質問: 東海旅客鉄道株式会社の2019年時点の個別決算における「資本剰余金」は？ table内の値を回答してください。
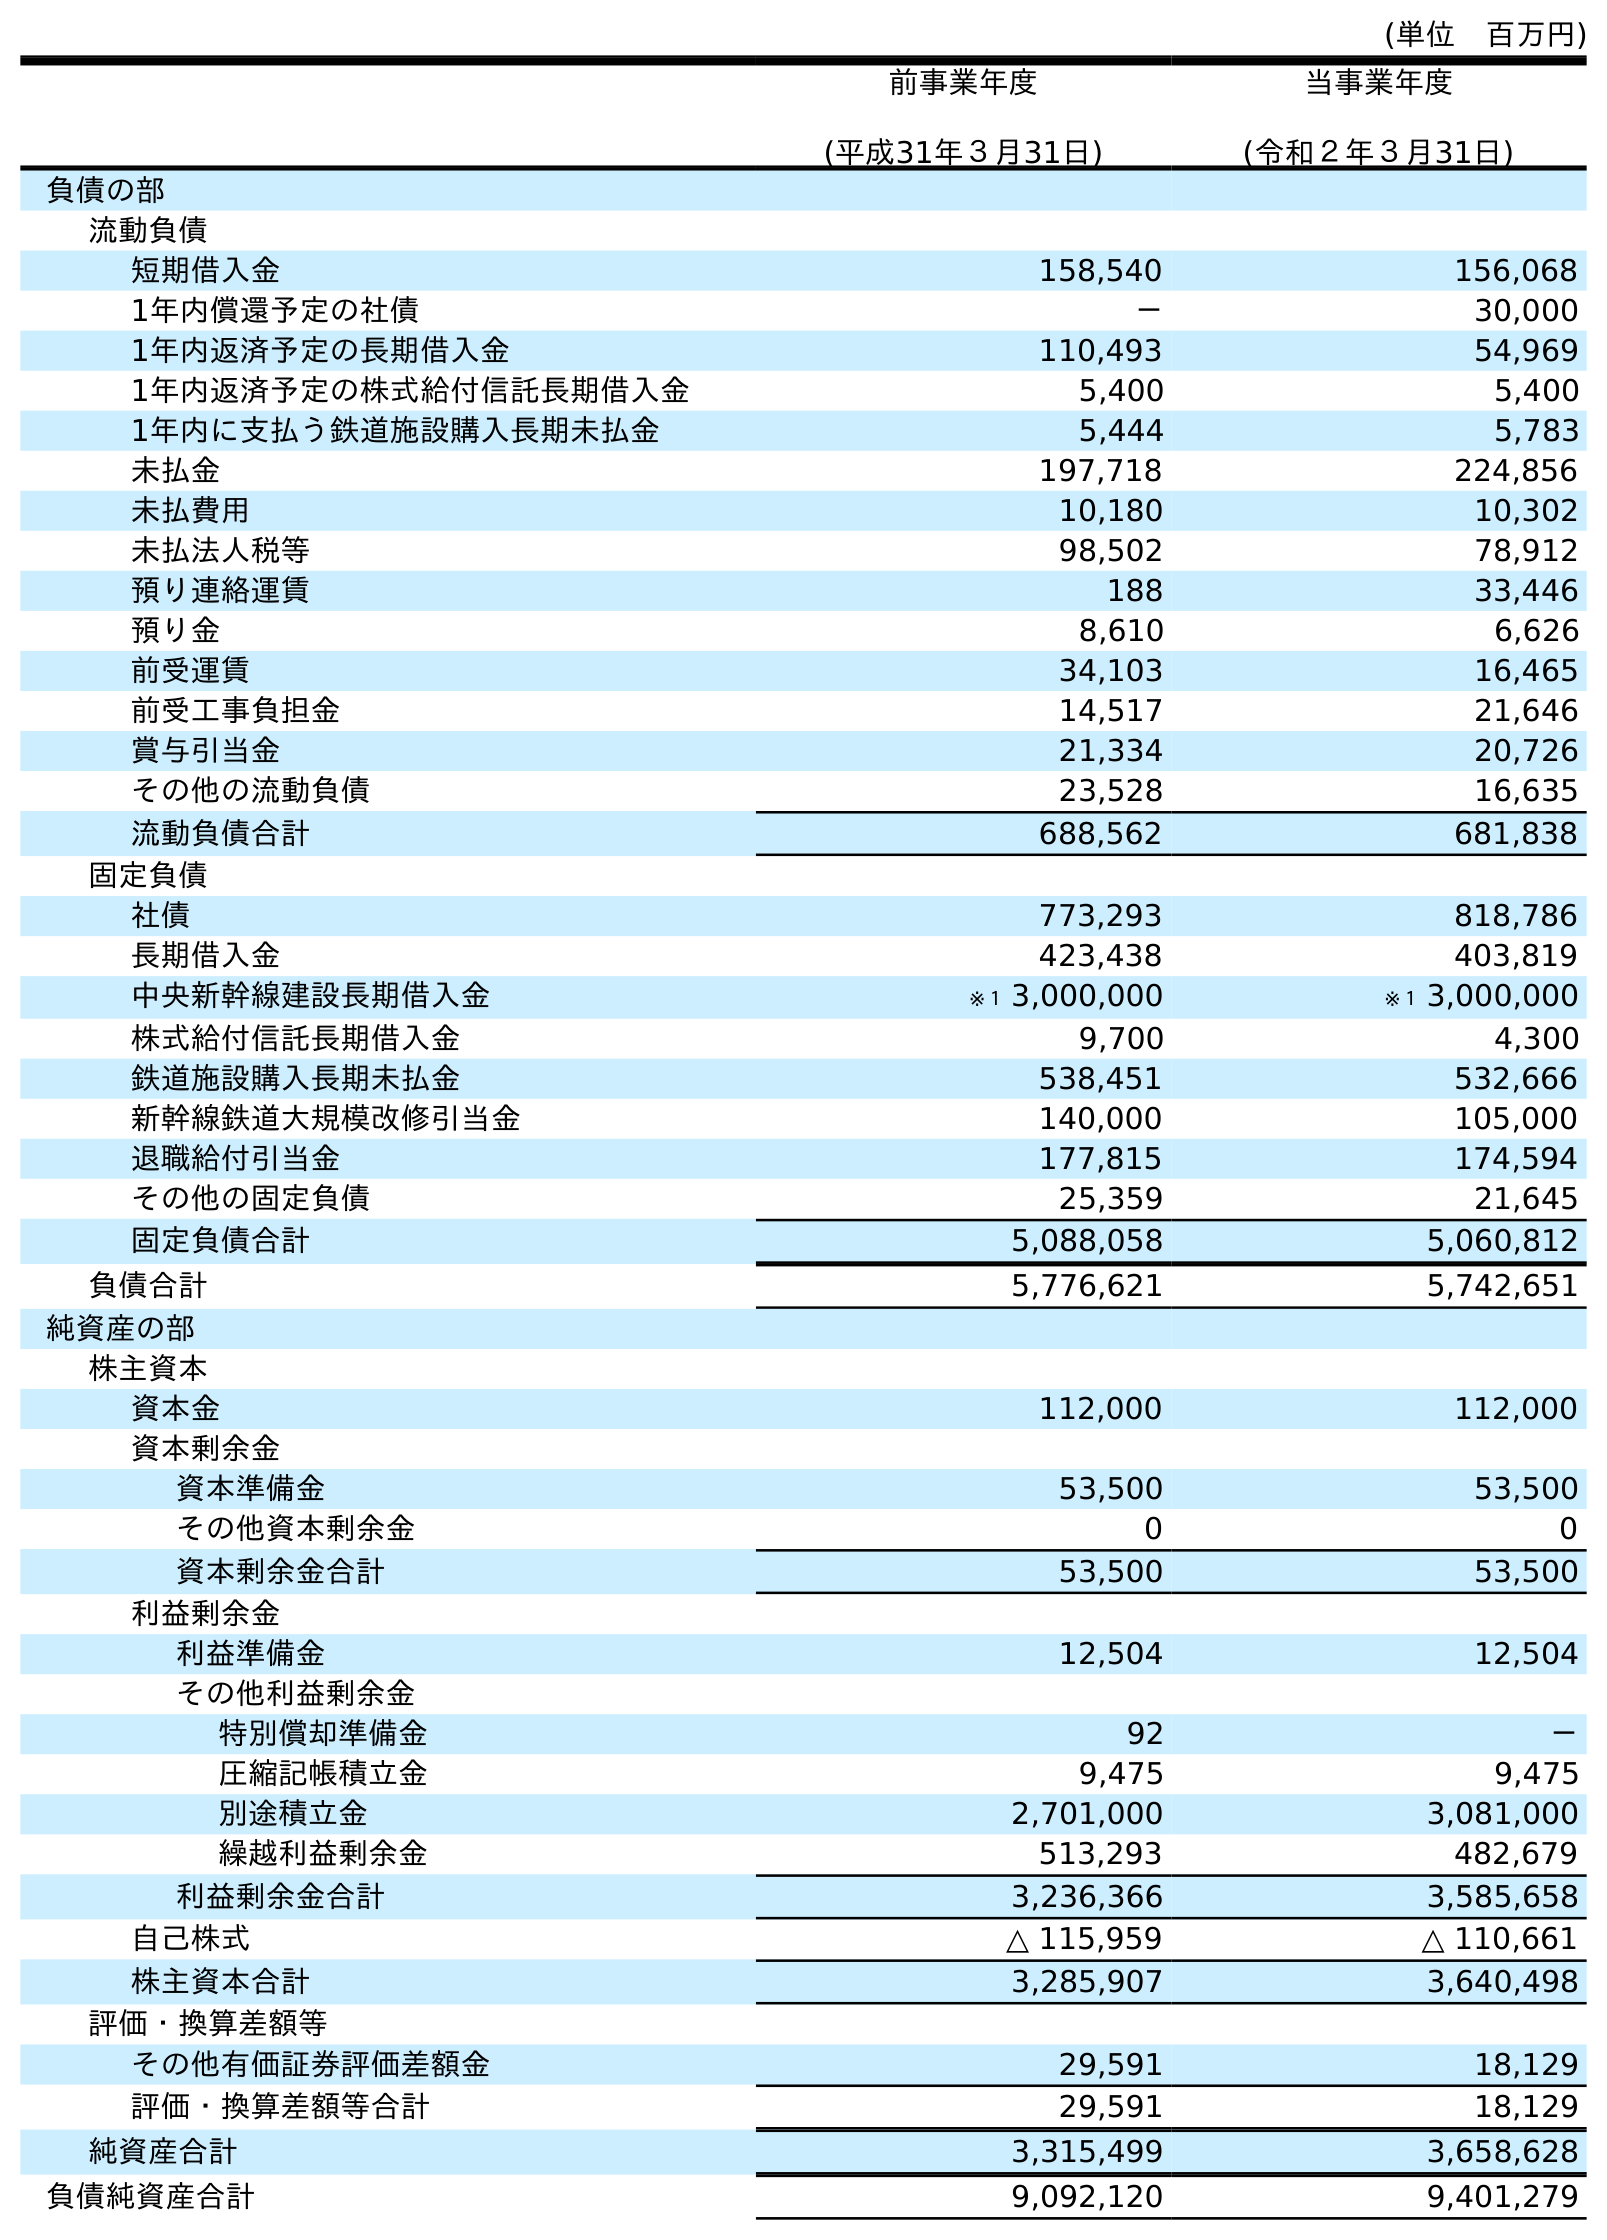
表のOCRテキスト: (単位 百万円) 前事業年度 (平成31年３月31日) 当事業年度 (令和２年３月31日) 負債の部 流動負債 短期借入金 158,540 156,068 1年内償還予定の社債 － 30,000 1年内返済予定の長期借入金 110,493 54,969 1年内返済予定の株式給付信託長期借入金 5,400 5,400 1年内に支払う鉄道施設購入長期未払金 5,444 5,783 未払金 197,718 224,856 未払費用 10,180 10,302 未払法人税等 98,502 78,912 預り連絡運賃 188 33,446 預り金 8,610 6,626 前受運賃 34,103 16,465 前受工事負担金 14,517 21,646 賞与引当金 21,334 20,726 その他の流動負債 23,528 16,635 流動負債合計 688,562 681,838 固定負債 社債 773,293 818,786 長期借入金 423,438 403,819 中央新幹線建設長期借入金 ※１ 3,000,000 ※１ 3,000,000 株式給付信託長期借入金 9,700 4,300 鉄道施設購入長期未払金 538,451 532,666 新幹線鉄道大規模改修引当金 140,000 105,000 退職給付引当金 177,815 174,594 その他の固定負債 25,359 21,645 固定負債合計 5,088,058 5,060,812 負債合計 5,776,621 5,742,651 純資産の部 株主資本 資本金 112,000 112,000 資本剰余金 資本準備金 53,500 53,500 その他資本剰余金 0 0 資本剰余金合計 53,500 53,500 利益剰余金 利益準備金 12,504 12,504 その他利益剰余金 特別償却準備金 92 － 圧縮記帳積立金 9,475 9,475 別途積立金 2,701,000 3,081,000 繰越利益剰余金 513,293 482,679 利益剰余金合計 3,236,366 3,585,658 自己株式 △ 115,959 △ 110,661 株主資本合計 3,285,907 3,640,498 評価・換算差額等 その他有価証券評価差額金 29,591 18,129 評価・換算差額等合計 29,591 18,129 純資産合計 3,315,499 3,658,628 負債純資産合計 9,092,120 9,401,279
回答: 53,500